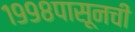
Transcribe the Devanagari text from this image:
१९९८पासूनची